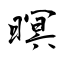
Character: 暝